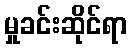
မှုခင်းဆိုင်ရာ